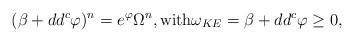
LaTeX: \begin{align*}(\beta + dd^c \varphi)^n = e^\varphi \Omega^n,\mbox{with} \omega_{KE} = \beta + dd^c \varphi \geq 0,\end{align*}